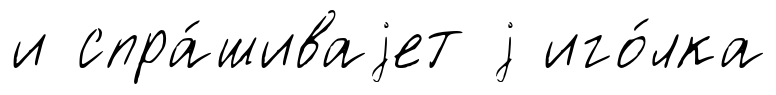
и спра́шиваjет j иго́лка